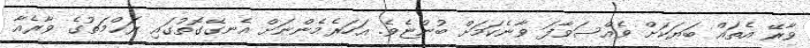
ވާރޭ އެތައް ބަޔަކަށް ވެއްސަވާފަ ވާނެކަމަށް ބުންޏެވެ. އަހަރެމެންނަށް އެނގޭގޮތުގައި ރަޙްމަތުގެ ވާރެއާ